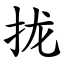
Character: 拢